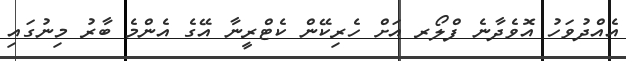
އެއްދުވަހު އޮވެދާނެ ފްލޯރ އަށް ހެރިކޭން ކެޓްރީނާ އޭގެ އެންމެ ބާރު މިނުގައި